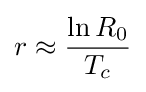
r\approx {\frac {\ln R_{0}}{T_{c}}}